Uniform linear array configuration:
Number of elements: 24
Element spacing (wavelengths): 0.75
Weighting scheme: uniform
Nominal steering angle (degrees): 60
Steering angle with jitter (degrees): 58.314
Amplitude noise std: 0.05
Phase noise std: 0.05

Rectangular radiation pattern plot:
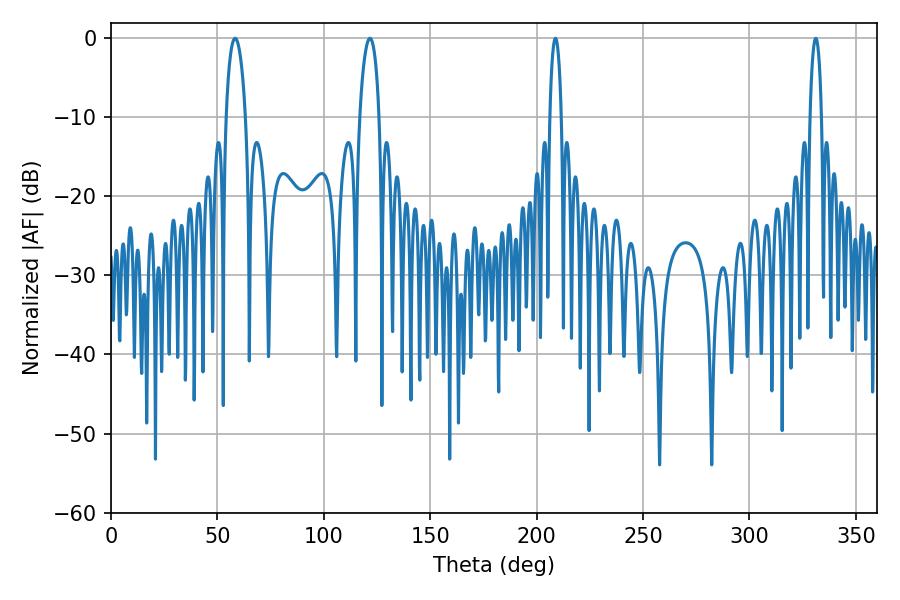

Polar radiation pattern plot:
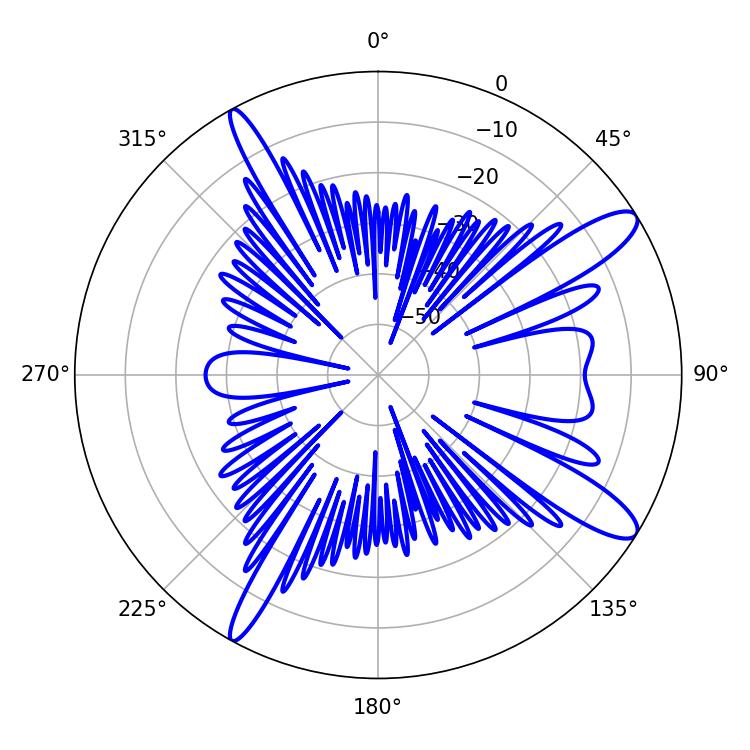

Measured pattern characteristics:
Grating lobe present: TRUE
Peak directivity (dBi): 12.192
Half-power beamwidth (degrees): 5.22
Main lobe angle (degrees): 58.32